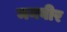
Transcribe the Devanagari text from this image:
मनवीर